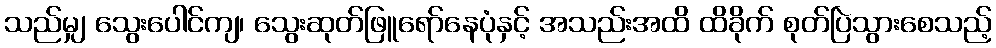
သည်မျှ သွေးပေါင်ကျ၊ သွေးဆုတ်ဖြူရော်နေပုံနှင့် အသည်းအထိ ထိခိုက် စုတ်ပြဲသွားစေသည့်